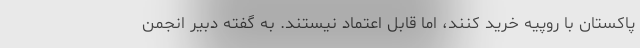
پاکستان با روپیه خرید کنند، اما قابل اعتماد نیستند. به گفته دبیر انجمن